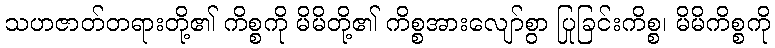
သဟဇာတ်တရားတို့၏ ကိစ္စကို မိမိတို့၏ ကိစ္စအားလျော်စွာ ပြုခြင်းကိစ္စ၊ မိမိကိစ္စကို